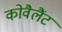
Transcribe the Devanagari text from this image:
कोवैलैंट